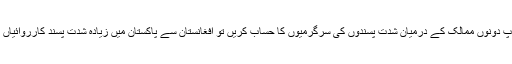
آج بھی اگر آپ دونوں ممالک کے درمیان شدت پسندوں کی سرگرمیوں کا حساب کریں تو افغانستان سے پاکستان میں زیادہ شدت پسند کارروائیاں کر رہے ہیں۔